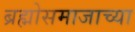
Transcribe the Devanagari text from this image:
ब्रह्मोसमाजाच्या